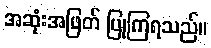
အဆုံးအဖြတ် ပြုကြရသည်။